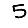
Digit: 5